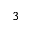
3